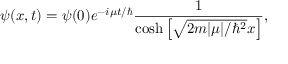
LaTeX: \psi ( x , t ) = \psi ( 0 ) e ^ { - i \mu t / \hbar } { \frac { 1 } { \cosh \left[ { \sqrt { 2 m \vert \mu \vert / \hbar ^ { 2 } } } x \right] } } ,